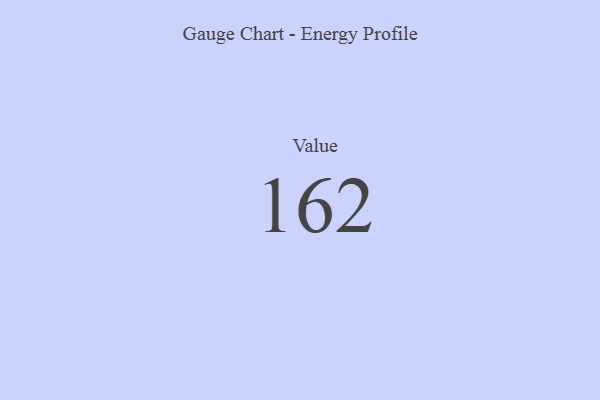
{"axis": {"x": "Metric", "y": "Value"}, "legend": [""], "data": [{"x": "Value", "y": 162, "type": ""}]}